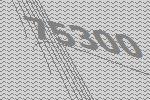
75300